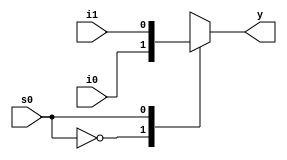
/* 
*/

module two_one(	
		input i0, 
		input i1, 
		input s0,
		
		// input [1:0]i,
		//output y,
		output reg y // for behavorial
	);

wire [1:0]w;
wire s0_not;

/*

// Gate Level
not(s0_not, s0);

and(w[0], i0, s0_not);
and(w[1], i1, s0);

or(y, w[0],w[1]);

*/

// RTL/Dataflow Model
// assign y = (~s0&i0) | (s0&i1); 

// Behavioral Modelling

always @(*)
begin 
		
		case(s0)
			1'b0:	y = i0;
			1'b1:	y = i1;
		endcase
end


endmodule